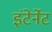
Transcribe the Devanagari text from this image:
इंटेर्नेट